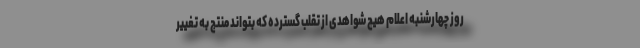
روز چهارشنبه اعلام هیچ شواهدی از تقلب گسترده که بتواند منتج به تغییر